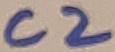
Text: C2